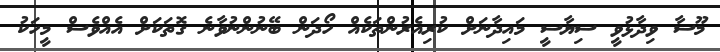
މޫސާ ވިދާޅުވީ ސިޔާސީ މައިދާނަށް ކުރިއެރުންތަކެއް ހޯދަން ބޭނުންނުވާނެ ގޮތަކަށް އެއްވެސް މީހަކު